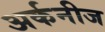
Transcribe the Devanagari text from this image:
अर्कनीज